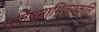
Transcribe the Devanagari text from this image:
सूक्ष्माभिव्यक्ति